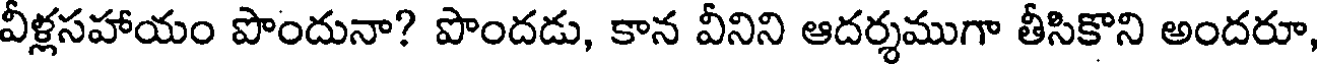
వీళ్లసహాయం పొందునా? పొందడు, కాన వీనిని ఆదర్శముగా తీసికొని అందరూ